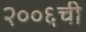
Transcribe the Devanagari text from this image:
२००६ची